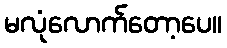
မလုံလောက်တော့ပေ။